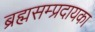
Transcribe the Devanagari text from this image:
ब्रह्मसम्प्रदायका